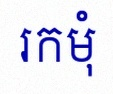
រកមុំ